Lunatic asylums Punjab 1868-1880 - 1868-1880
Year: 1868
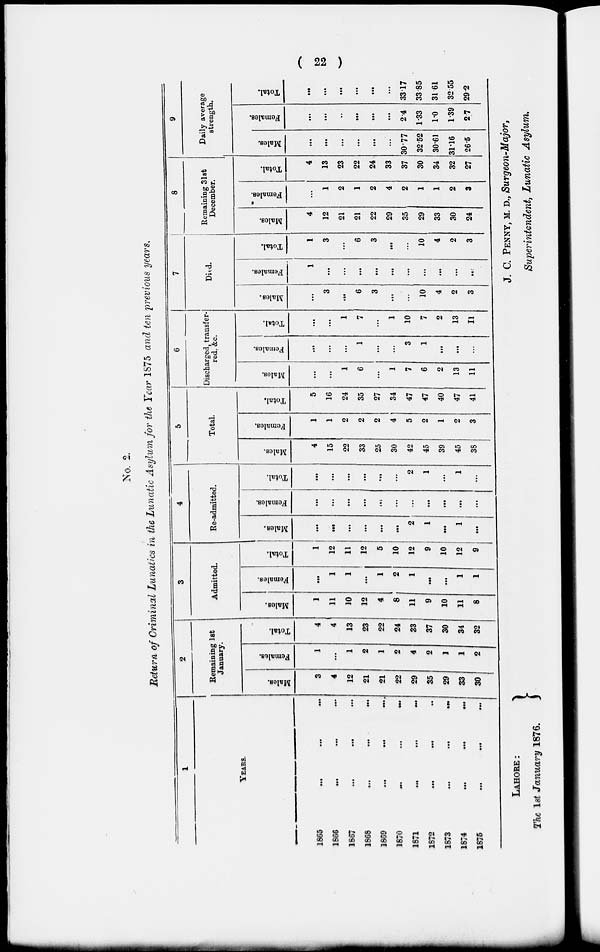
( 22 )
No. 2.
Return of Criminal Lunatics in the Lunatic Asylum for the Year 1875 and ten previous years,
1
YEARS.
1865 ... ... ...
1866 ... ... ...
1867 ... ... ...
1868 ... ... ...
1869 ... ... ...
1870
...
...
...
1871
...
...
...
1872
...
...
...
1873
...
...
...
1874 ... ... ...
1875 ... ... ...
2
Remaining 1st
January.
Males.
3
4
12
21
21
22
29
35
29
33
30
Females.
1
...
1
2
1
2
4
2
1
1
2
Total.
4
4
13
23
22
24
33
37
30
34
32
3
Admitted.
Males.
1
11
10
12
4
8
11
9
10
11
8
Females.
...
1
1
...
1
2
1
...
...
1
1
Total.
1
12
11
12
5
10
12
9
10
12
9
4
Re-admitted.
Males.
...
...
...
...
...
...
2
1
...
1
...
Females.
...
...
...
...
...
...
...
...
...
...
...
Total.
...
...
...
...
...
...
2
1
...
1
...
5
Total.
Males.
4
15
22
33
25
30
42
45
39
45
38
Females.
1
1
2
2
2
4
5
2
1
2
3
Total.
5
16
24
35
27
34
47
47
40
47
41
6
Discharged, transfer-
red, &c.
Males.
...
...
1
6
...
1
7
6
2
13
11
Females.
...
...
...
1
...
...
3
1
...
...
...
Total.
...
...
1
7
...
1
10
7
2
13
11
7
Died.
Males.
...
3
...
6
3
...
...
10
4
2
3
Females.
1
...
...
...
...
...
...
...
...
...
...
Total.
1
3
...
6
3
...
...
10
4
2
3
8
Remaining 31st
December.
Males.
4
12
21
21
22
29
35
29
33
30
24
Females.
...
1
2
1
2
4
2
1
1
2
3
Total.
4
13
23
22
24
33
37
30
34
32
27
9
Daily average
strength.
Males.
...
...
...
...
...
...
30.77
32.52
30.61
31.16
26.5
Females.
...
...
...
...
...
...
2.4
1.33
1.0
1.39
2.7
Total.
...
...
...
...
...
...
33.17
33.85
31.61
32.55
29.2
LAHORE:
The 1st January 1876.
J. C. PENNY, M. D., Surgeon-Major,
Superintendent, Lunatic Asylum.